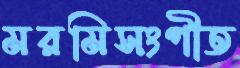
মরমিসংগীত